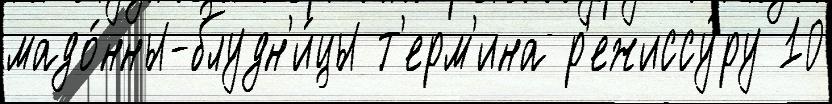
мадо́нны-блудн'и́цы т'ерм'ина р'ежиссу́ру 10